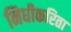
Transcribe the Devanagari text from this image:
निधीकरिता